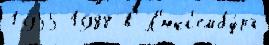
1955 1988 в Л'юкс'ембу́рг